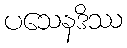
ပသေနဒိဿ